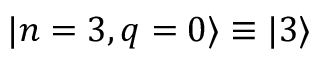
| n = 3 , q = 0 \rangle \equiv | 3 \rangle